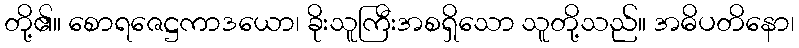
တို့၏။ စောရဇေဋ္ဌကာဒယော၊ ခိုးသူကြီးအစရှိသော သူတို့သည်။ အဓိပတိနော၊